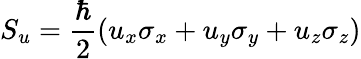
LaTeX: S_{u}={\frac{\hbar}{2}}(u_{x}\sigma_{x}+u_{y}\sigma_{y}+u_{z}\sigma_{z})